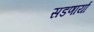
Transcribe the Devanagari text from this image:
सडणार्या